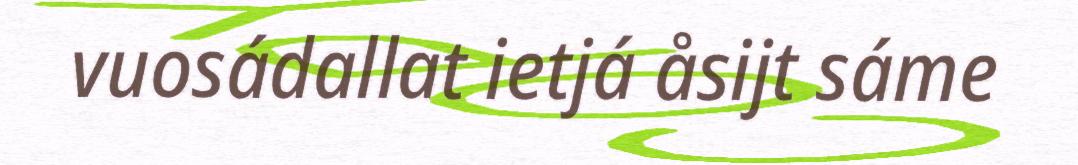
vuosádallat ietjá åsijt sáme